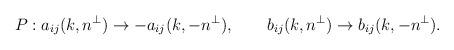
LaTeX: \begin{align*}P: a_{ij}(k,n^\perp)\rightarrow -a_{ij}(k,-n^\perp),\qquad b_{ij}(k,n^\perp)\rightarrow b_{ij}(k,-n^\perp).\end{align*}